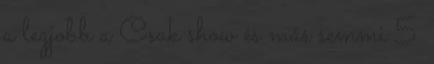
a legjobb a Csak show és más semmi 5.